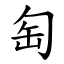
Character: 匋